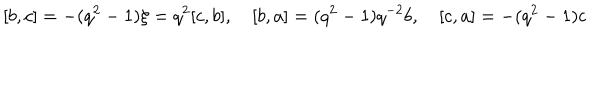
LaTeX: [ b , c ] = - ( q ^ { 2 } - 1 ) \xi = q ^ { 2 } [ c , b ] , \quad [ b , a ] = ( q ^ { 2 } - 1 ) q ^ { - 2 } b , \quad [ c , a ] = - ( q ^ { 2 } - 1 ) c